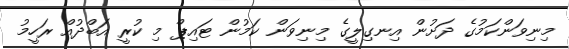
މިނިވަންކަމުގެ ދަށުން އިނގިލީގެ މިނިވަން ކަމުން ޓައިޕް މި ކުރީ އަބްދުއް ރަހީމު